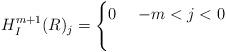
LaTeX: \begin{align*} H^{m+1}_{I}(R)_j = \begin{cases} 0 & \ -m < j < 0\\ & \ \end{cases}\end{align*}